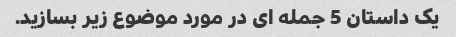
یک داستان 5 جمله ای در مورد موضوع زیر بسازید.